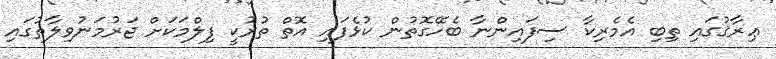
ޢިރާޤުގައި ތިބި އެމެރިކާ ސިފައިންނާ ބެހޭގޮތުން ކުޅެފައި އޮތް ތުރުކީ ފިލްމަކަށް ޖަރުމަނުވިލާތުގައި